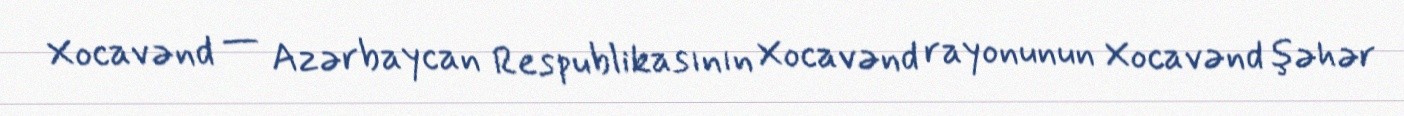
Xocavənd — Azərbaycan Respublikasının Xocavənd rayonunun Xocavənd şəhər